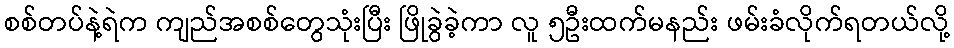
စစ်တပ်နဲ့ရဲက ကျည်အစစ်တွေသုံးပြီး ဖြိုခွဲခဲ့ကာ လူ ၅ဦးထက်မနည်း ဖမ်းခံလိုက်ရတယ်လို့